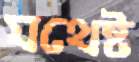
যথেষ্ট